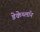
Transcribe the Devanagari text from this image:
डेकेथ्लॉन